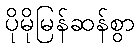
ပိုမိုမြန်ဆန်စွာ